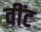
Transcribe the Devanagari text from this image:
वींट